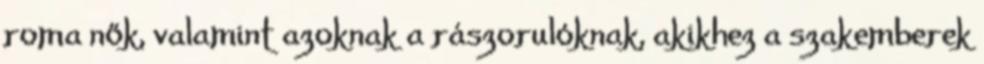
roma nők, valamint azoknak a rászorulóknak, akikhez a szakemberek